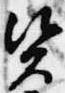
資